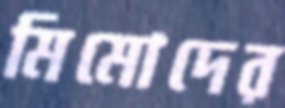
মিমোদের